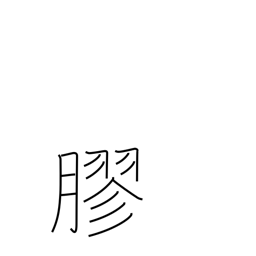
Meaning: glue